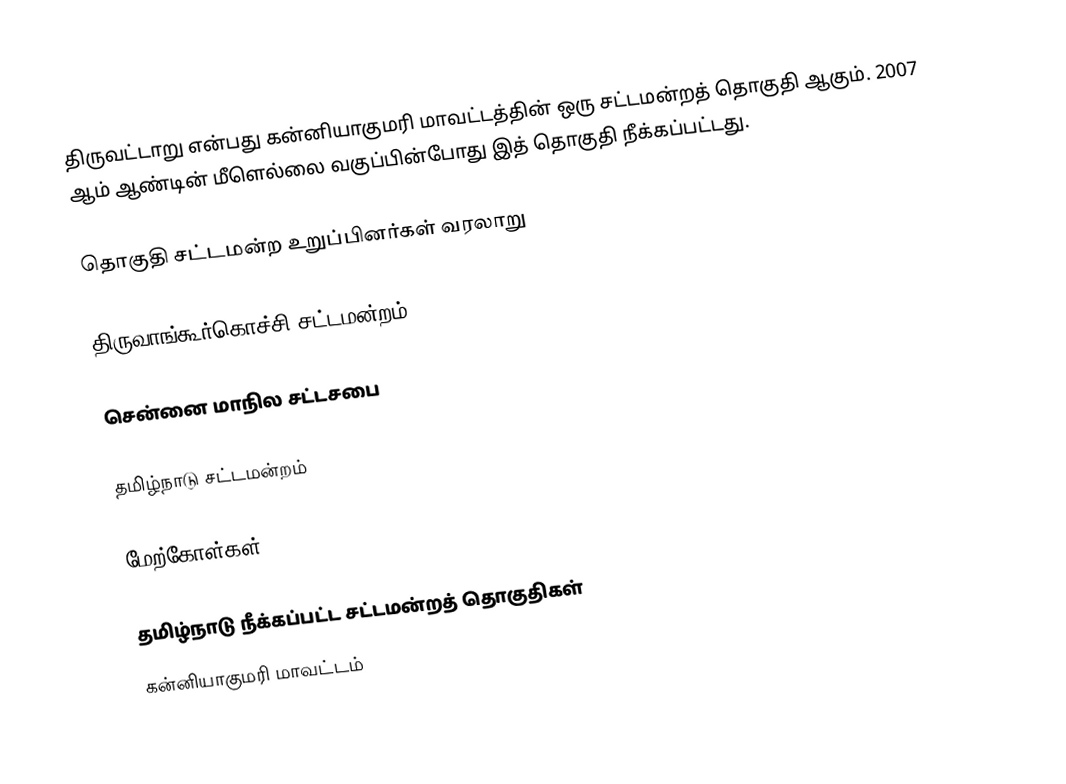
திருவட்டாறு என்பது கன்னியாகுமரி மாவட்டத்தின் ஒரு சட்டமன்றத் தொகுதி ஆகும். 2007 ஆம் ஆண்டின் மீளெல்லை வகுப்பின்போது இத் தொகுதி நீக்கப்பட்டது.

தொகுதி சட்டமன்ற உறுப்பினர்கள் வரலாறு

திருவாங்கூர்கொச்சி சட்டமன்றம்

சென்னை மாநில சட்டசபை

தமிழ்நாடு சட்டமன்றம்

மேற்கோள்கள்

தமிழ்நாடு நீக்கப்பட்ட சட்டமன்றத் தொகுதிகள்
கன்னியாகுமரி மாவட்டம்